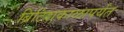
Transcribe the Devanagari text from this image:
ब्रिटिशकाळापर्यंत